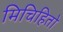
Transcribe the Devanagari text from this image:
मिचिहितो